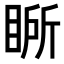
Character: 𭾾